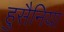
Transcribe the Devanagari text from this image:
हुसैनिया